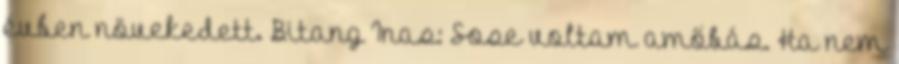
évben növekedett. Bitang Inas: Sose voltam amőbás. Ha nem